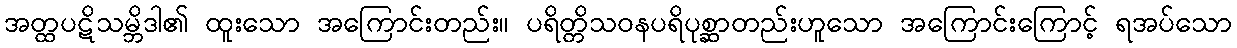
အတ္ထပဋိသမ္ဘိဒါ၏ ထူးသော အကြောင်းတည်း။ ပရိတ္တိသဝနပရိပုစ္ဆာတည်းဟူသော အကြောင်းကြောင့် ရအပ်သော